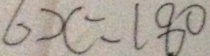
6 x = 1 8 0